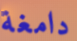
دامغة